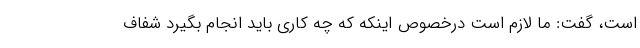
است، گفت: ما لازم است درخصوص اینکه که چه کاری باید انجام بگیرد شفاف